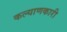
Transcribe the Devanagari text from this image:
कल्‍याणकारी